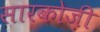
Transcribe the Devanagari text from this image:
सारकोज़ी